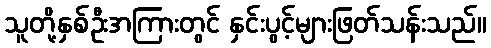
သူတို့နှစ်ဦးအကြားတွင် နှင်းပွင့်များဖြတ်သန်းသည်။